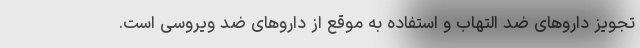
تجویز داروهای ضد التهاب و استفاده به موقع از داروهای ضد ویروسی است.